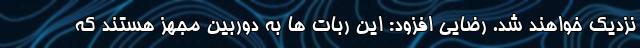
نزدیک خواهند شد. رضایی افزود: این ربات ها به دوربین مجهز هستند که